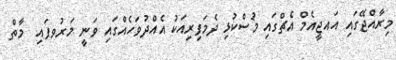
މިރާއްޖޭގައި އައޖީއެމް އެޗްގައި މުސްކުޅި ދެމަފިރިއަކު އެއްދުވަހެއްގައި ވަނީ މަރުވފައި  މާތް